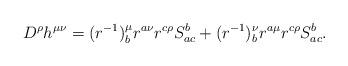
LaTeX: \begin{align*}D^{\rho}h^{\mu \nu}=(r^{-1})^{\mu}_{b}r^{a \nu} r^{c \rho}S^{b}_{ac}+(r^{-1})^{\nu}_{b}r^{a \mu} r^{c \rho}S^{b}_{ac}.\end{align*}